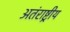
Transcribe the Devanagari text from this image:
अतंराष्ट्रीय